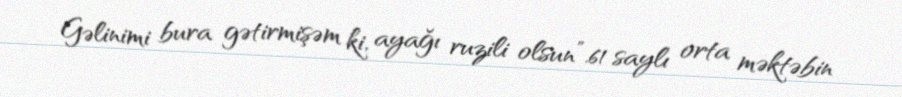
Gəlinimi bura gətirmişəm ki, ayağı ruzili olsun”.61 saylı orta məktəbin